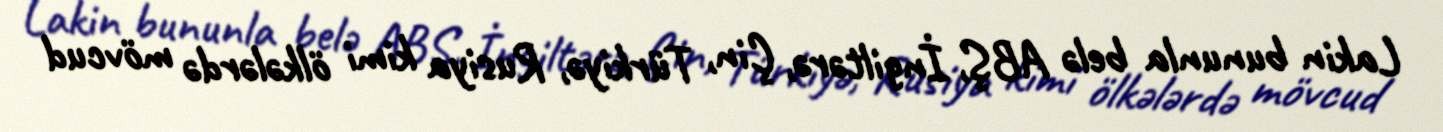
Lakin bununla belə ABŞ, İngiltərə, Çin, Türkiyə, Rusiya kimi ölkələrdə mövcud